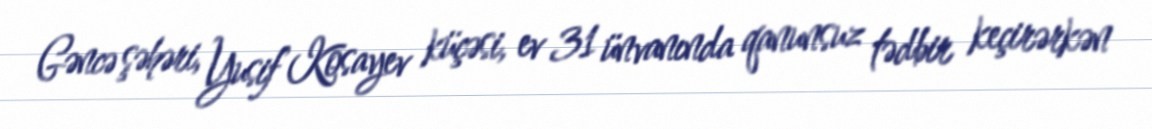
Gəncə şəhəri, Yusif Kosayev küçəsi, ev 31 ünvanında qanunsuz tədbir keçirərkən